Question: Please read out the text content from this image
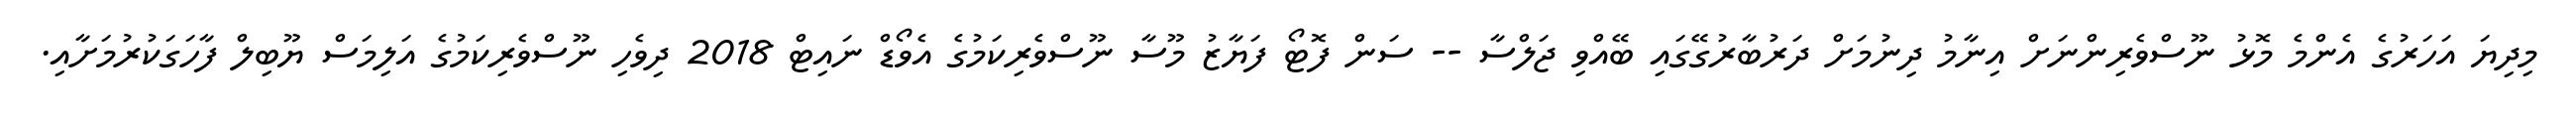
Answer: މިދިޔަ އަހަރުގެ އެންމެ މޮޅު ނޫސްވެރިންނަށް އިނާމު ދިނުމަށް ދަރުބާރުގޭގައި ބޭއްވި ޖަލްސާ -- ސަން ފޮޓޯ ފަޔާޒު މޫސާ ނޫސްވެރިކަމުގެ އެވޯޑް ނައިޓް 2018 ދިވެހި ނޫސްވެރިކަމުގެ އަލިމަސް ޔޫބިލް ފާހަގަކުރުމަށާއި.